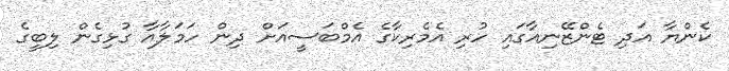
ކެންޔާ އަދި ޓެންޒޭނިއާގައި ހުރި އެމެރިކާގެ އެމްބަސީއަށް ދިން ހަމަލާއާ ގުޅިގެން ލިބީގެ